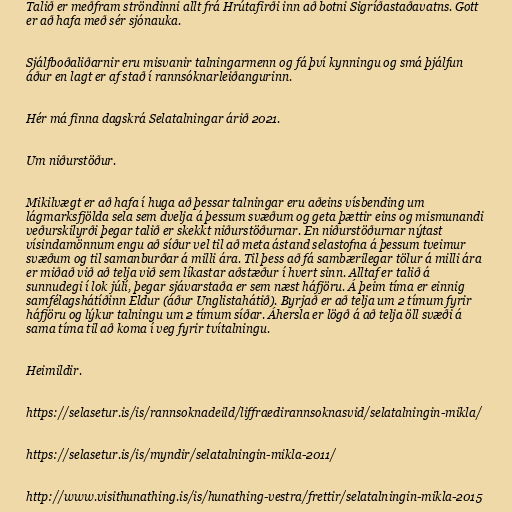
Talið er meðfram ströndinni allt frá Hrútafirði inn að botni Sigríðastaðavatns. Gott
er að hafa með sér sjónauka.

Sjálfboðaliðarnir eru misvanir talningarmenn og fá því kynningu og smá þjálfun
áður en lagt er af stað í rannsóknarleiðangurinn.

Hér má finna dagskrá Selatalningar árið 2021.

Um niðurstöður.

Mikilvægt er að hafa í huga að þessar talningar eru aðeins vísbending um
lágmarksfjölda sela sem dvelja á þessum svæðum og geta þættir eins og mismunandi
veðurskilyrði þegar talið er skekkt niðurstöðurnar. En niðurstöðurnar nýtast
vísindamönnum engu að síður vel til að meta ástand selastofna á þessum tveimur
svæðum og til samanburðar á milli ára. Til þess að fá sambærilegar tölur á milli ára
er miðað við að telja við sem líkastar aðstæður í hvert sinn. Alltaf er talið á
sunnudegi í lok júlí, þegar sjávarstaða er sem næst háfjöru. Á þeim tíma er einnig
samfélagshátíðinn Eldur (áður Unglistahátið). Byrjað er að telja um 2 tímum fyrir
háfjöru og lýkur talningu um 2 tímum síðar. Áhersla er lögð á að telja öll svæði á
sama tíma til að koma í veg fyrir tvítalningu.

Heimildir.

https://selasetur.is/is/rannsoknadeild/liffraedirannsoknasvid/selatalningin-mikla/

https://selasetur.is/is/myndir/selatalningin-mikla-2011/

http://www.visithunathing.is/is/hunathing-vestra/frettir/selatalningin-mikla-2015